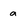
Character: a